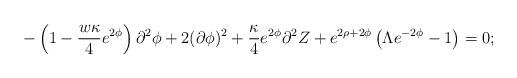
LaTeX: \begin{align*}- \left( 1 - \frac{ w \kappa }{4} e^{2\phi} \right) \partial^2 \phi + 2(\partial \phi)^2 + \frac{ \kappa }{4} e^{2\phi} \partial^2 Z +e^{2\rho+2\phi} \left( \Lambda e^{-2\phi} - 1 \right) = 0;\end{align*}